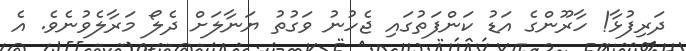
ދަރިފުޅާ! ހާރޫންގެ އަޑު ކަންފަތުގައި ޖެހުނު ވަގުތު ޔަނާލަށް ދެލޯ މަރާލެވުނެވެ. އެ